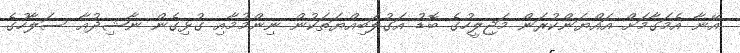
އޭނާ އެމަގާމަށް އައްޔަންކުރަން މަޖިލީހުގެ ބޮޑު އަގުލަބިއްޔަތަކުން ނިންމުމާއި ގުޅިގެން ނާޝިދުއާ ސަލާހުގެ